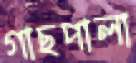
গাছপালা